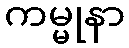
ကမ္မုနာ